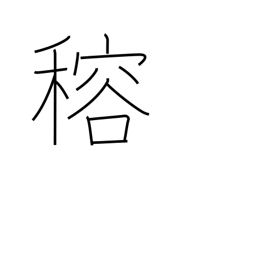
Meaning: (ghost kanji)